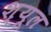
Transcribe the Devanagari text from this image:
श्यूल